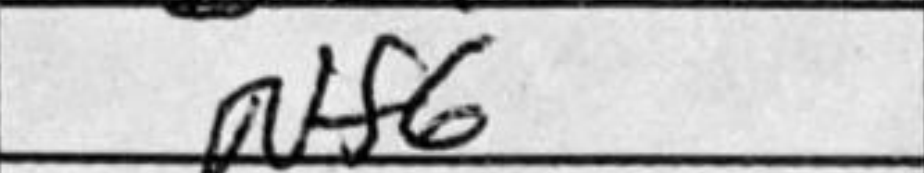
Transcription: Nf6